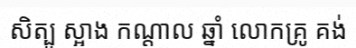
សិត្បូ ស្អាង កណ្តាល ឆ្នាំ លោកគ្រូ គង់